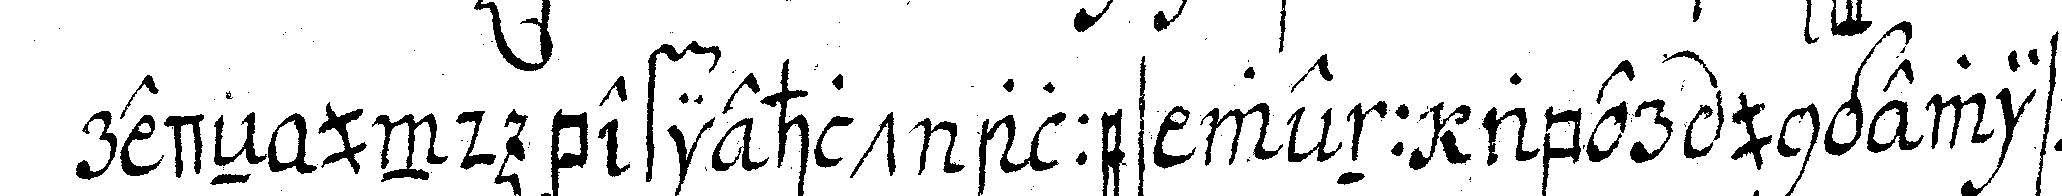
redeN und befiehlt alles wenn aber ungewisse